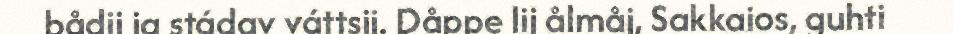
bådij ja stádav váttsij. Dåppe lij ålmåj, Sakkaios, guhti